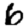
Digit: 6